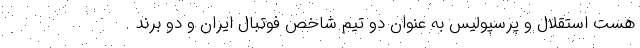
هست استقلال و پرسپولیس به عنوان دو تیم شاخص فوتبال ایران و دو برند